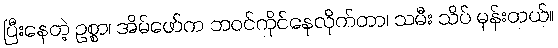
ပြီးနေတဲ့ ဥစ္စာ၊ အိမ်ဖော်က ဘဝင်ကိုင်နေလိုက်တာ၊ သမီး သိပ် မုန်းတယ်။